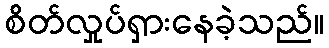
စိတ်လှုပ်ရှားနေခဲ့သည်။